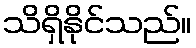
သိရှိနိုင်သည်။